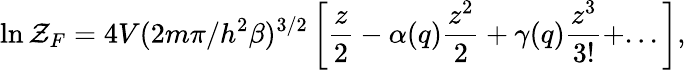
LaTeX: \ln{\cal Z}_{F}=4V(2m\pi/h^{2}\beta)^{3/2}\left[\frac{z}{2}-\alpha(q)\frac{z^{2}}{2}+\gamma(q)\frac{z^{3}}{3!}+...\right],